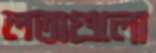
লতাগুলো